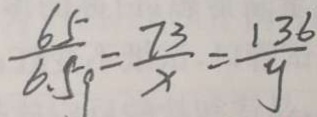
\frac { 6 5 } { 6 . 5 9 } = \frac { 7 3 } { x } = \frac { 1 3 6 } { y }